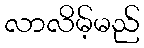
လာလိမ့်မည်